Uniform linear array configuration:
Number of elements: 8
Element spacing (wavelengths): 1
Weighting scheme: exponential
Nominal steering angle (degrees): -30
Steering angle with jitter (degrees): -31.939
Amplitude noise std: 0.05
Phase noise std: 0.05

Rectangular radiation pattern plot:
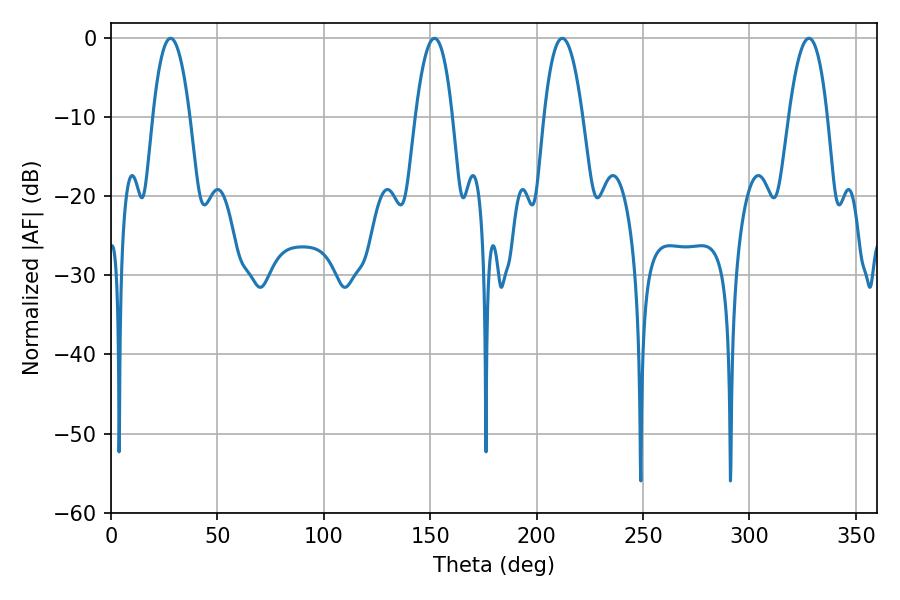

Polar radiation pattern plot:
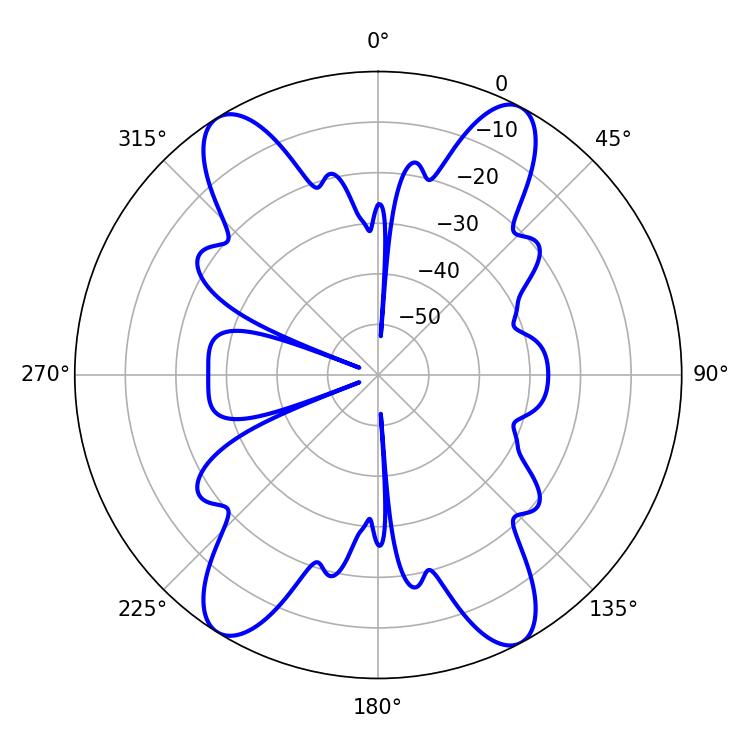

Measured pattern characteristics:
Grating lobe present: TRUE
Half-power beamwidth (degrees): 10.08
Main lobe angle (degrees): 212.04